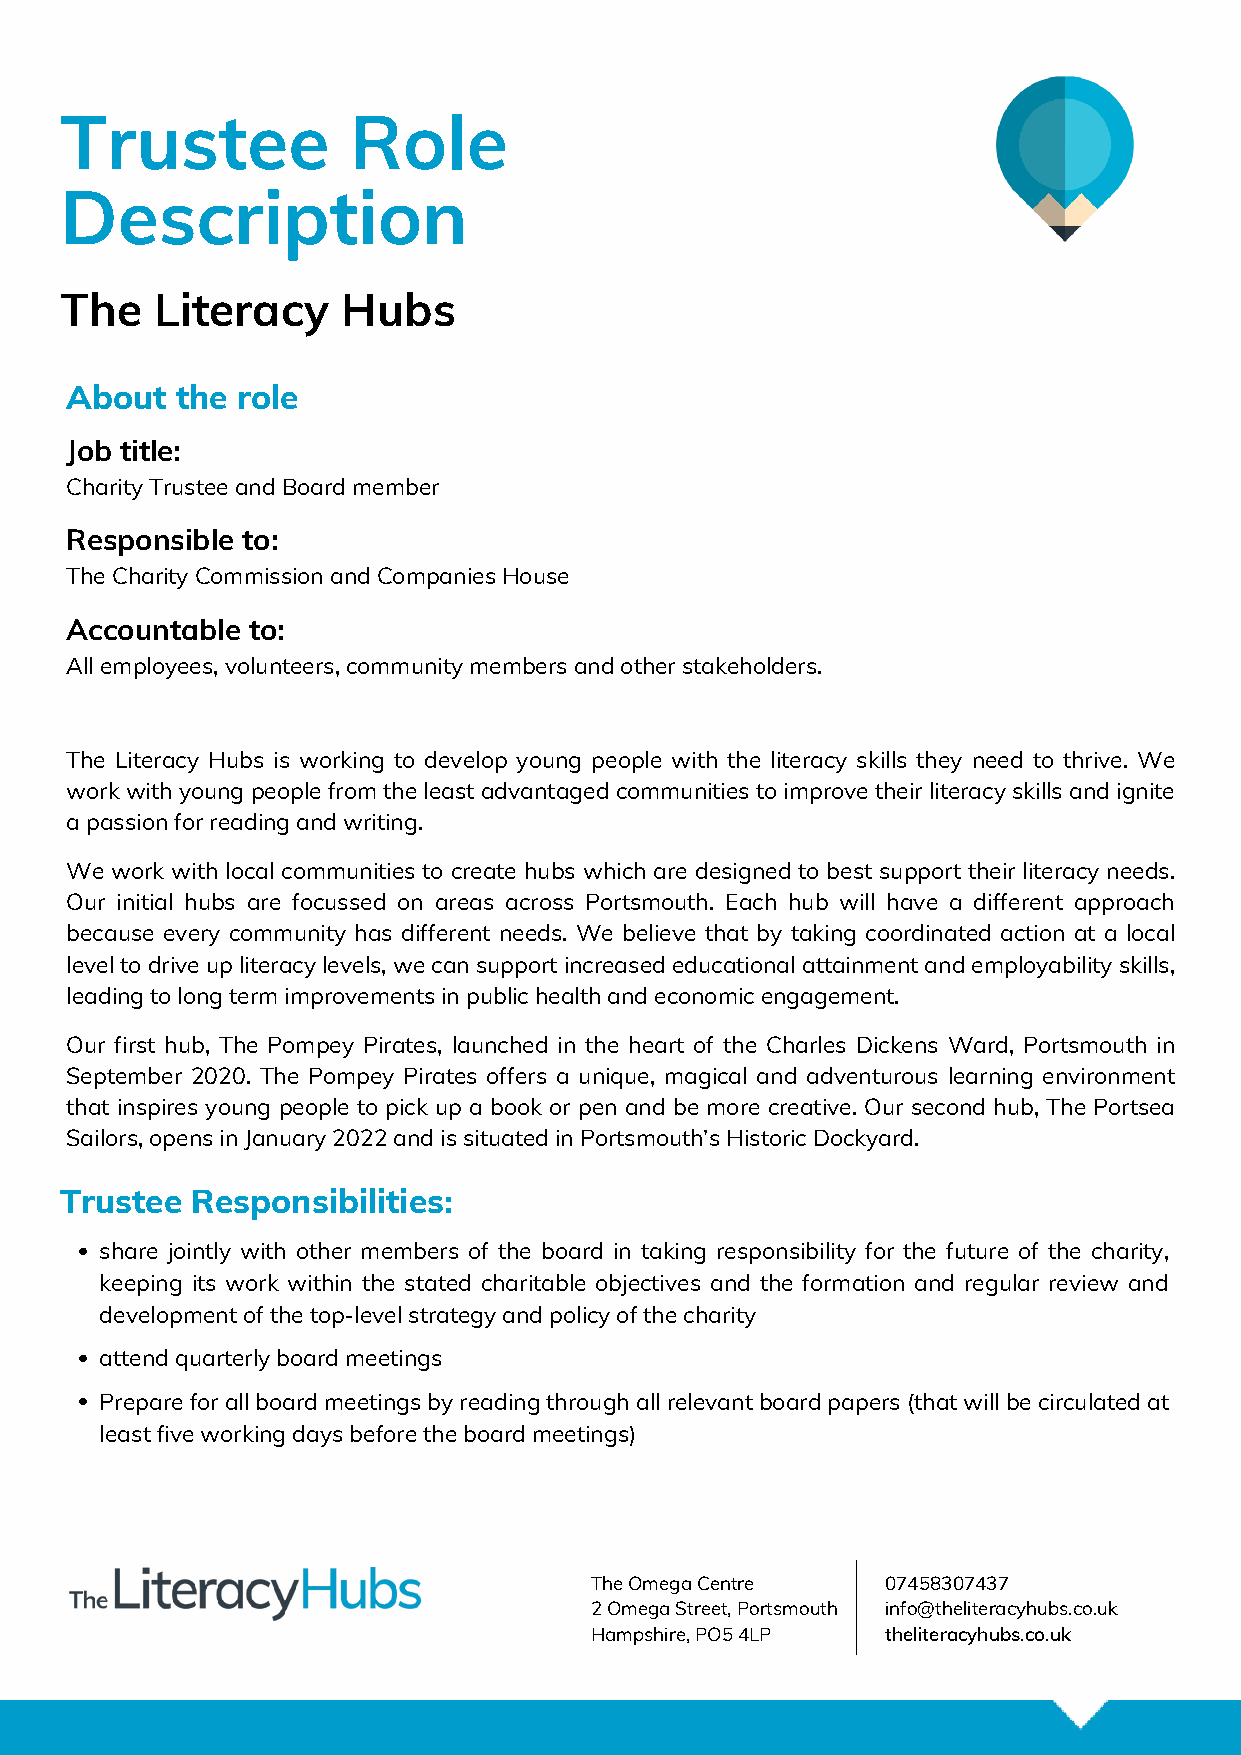
Trustee            Role
 Description
 The   Literacy     Hubs
 About   the role
 Job title:
 Charity Trustee and Board member
 Responsible to:
 The Charity Commission and Companies House
 Accountable to:
 All employees, volunteers, community members and other stakeholders.
 The Literacy Hubs is working to develop young people with the literacy skills they need to thrive. We
 work with young people from the least advantaged communities to improve their literacy skills and ignite
 a passion for reading and writing.
 We work with local communities to create hubs which are designed to best support their literacy needs.
 Our initial hubs are focussed on areas across Portsmouth. Each hub will have a different approach
 because every community has different needs. We believe that by taking coordinated action at a local
 level to drive up literacy levels, we can support increased educational attainment and employability skills,
 leading to long term improvements in public health and economic engagement.
 Our first hub, The Pompey Pirates, launched in the heart of the Charles Dickens Ward, Portsmouth in
 September 2020. The Pompey Pirates offers a unique, magical and adventurous learning environment
 that inspires young people to pick up a book or pen and be more creative. Our second hub, The Portsea
 Sailors, opens in January 2022 and is situated in Portsmouth’s Historic Dockyard.
 Trustee  Responsibilities:
 share jointly with other members of the board in taking responsibility for the future of the charity,
 keeping its work within the stated charitable objectives and the formation and regular review and
 development of the top-level strategy and policy of the charity
 attend quarterly board meetings
 Prepare for all board meetings by reading through all relevant board papers (that will be circulated at
 least five working days before the board meetings)
 The Omega Centre    07458307437
 2 Omega Street, Portsmouth info@theliteracyhubs.co.uk
 Hampshire, PO5 4LP  theliteracyhubs.co.uk